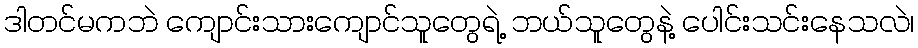
ဒါတင်မကဘဲ ကျောင်းသားကျောင်သူတွေရဲ့ ဘယ်သူတွေနဲ့ ပေါင်းသင်းနေသလဲ၊